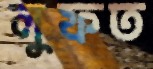
লুফত